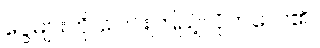
ငွေများကို ပေါင်းကြည့်လိုက်လေ၏။